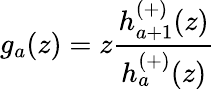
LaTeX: g_{a}(z)=z\frac{h_{a+1}^{(+)}(z)}{h_{a}^{(+)}(z)}